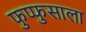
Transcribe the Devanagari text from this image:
फुप्फुसाला